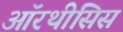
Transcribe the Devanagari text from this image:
ऑरथीसिस